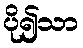
ပို၍သာ